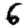
Digit: 6